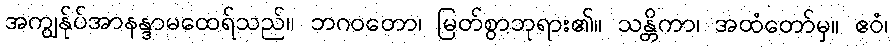
အကျွန်ုပ်အာနန္ဒာမထေရ်သည်။ ဘဂဝတော၊ မြတ်စွာဘုရား၏။ သန္တိကာ၊ အထံတော်မှ။ ဧဝံ၊